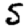
Digit: 5